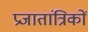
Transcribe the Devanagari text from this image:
प्रजातांत्रिकों